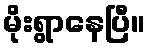
မိုးရွာနေပြီ။